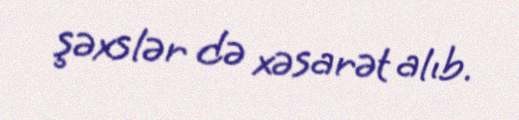
şəxslər də xəsarət alıb.